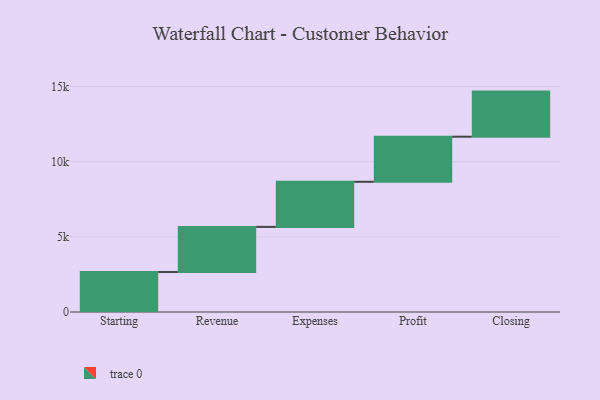
{"axis": {"x": "Step", "y": "Value"}, "legend": [""], "data": [{"x": "Starting", "y": 2662.0, "type": ""}, {"x": "Revenue", "y": 3000, "type": ""}, {"x": "Expenses", "y": 3000, "type": ""}, {"x": "Profit", "y": 3000, "type": ""}, {"x": "Closing", "y": 3000, "type": ""}]}